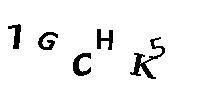
1GCHK5